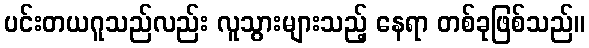
ပင်းတယဂူသည်လည်း လူသွားများသည့် နေရာ တစ်ခုဖြစ်သည်။